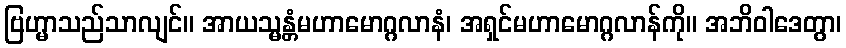
ဗြဟ္မာသည်သာလျင်။ အာယသ္မန္တံမဟာမောဂ္ဂလာနံ၊ အရှင်မဟာမောဂ္ဂလာန်ကို။ အဘိဝါဒေတွာ၊